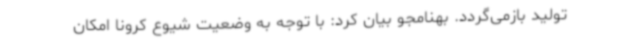
تولید بازمی‌گردد. بهنامجو بیان کرد: با توجه به وضعیت شیوع کرونا امکان